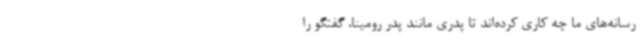
رسانه‌های ما چه کاری کرده‌اند تا پدری مانند پدر رومینا، گفتگو را